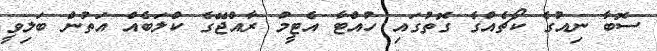
ސޮބާ ނިއުގެ ކޯޗެއްގެ ގޮތުގައި ހުއްޓާ އެޓީމު ރާއްޖޭގެ ކްލަބެއް އަތުން ބަލިވީ